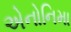
એનોનિમા